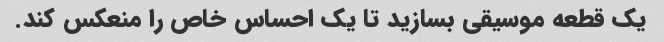
یک قطعه موسیقی بسازید تا یک احساس خاص را منعکس کند.